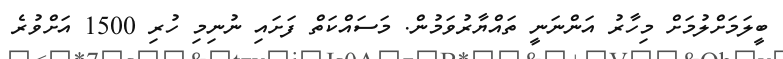
ބީލަމަށްލުމަށް މިހާރު އަންނަނީ ތައްޔާރުވަމުން. މަސައްކަތް ފަށައި ނުނިމި ހުރި 1500 އަށްވުރެ